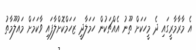
އެ މާރާމާރީގައި ދެ މީހަކަށް ތޫނު އެއްޗަކުން ހަމަލާދީ ޒަހަމްކޮށްލާފައި ވާކަމަށް މައުލޫމާތު